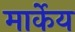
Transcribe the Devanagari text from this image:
मार्केय